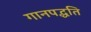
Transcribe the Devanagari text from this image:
गानपद्धति